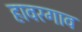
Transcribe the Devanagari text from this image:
हावरगाव